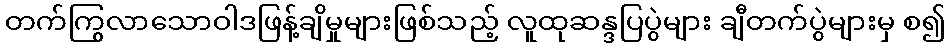
တက်ကြွလာသောဝါဒဖြန့်ချိမှုများဖြစ်သည့် လူထုဆန္ဒပြပွဲများ ချီတက်ပွဲများမှ စ၍